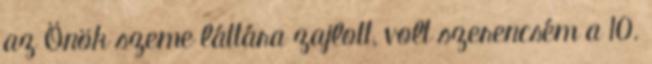
az Önök szeme láttára zajlott, volt szerencsém a 10.